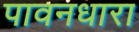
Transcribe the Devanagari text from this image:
पावनधारा